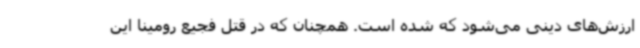
ارزش‌های دینی می‌شود که شده است. همچنان که در قتل فجیع رومینا این